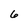
Character: 6